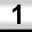
Digit: 1